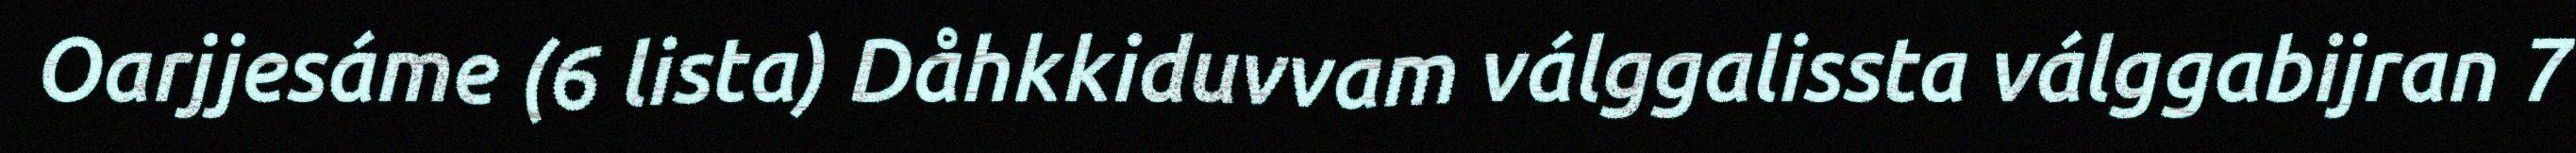
Oarjjesáme (6 lista) Dåhkkiduvvam válggalissta válggabijran 7